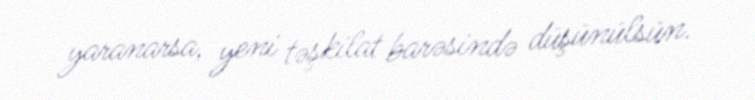
yaranarsa, yeni təşkilat barəsində düşünülsün.